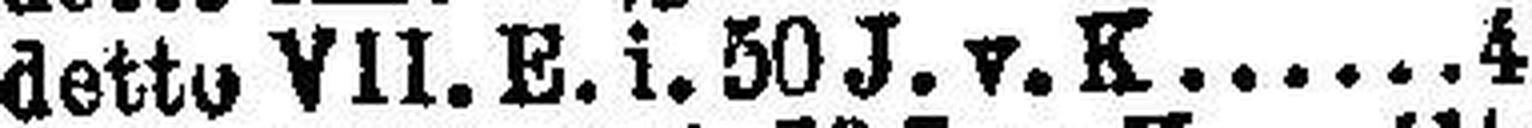
detto VII. E. i. 50 J. v. K. 4